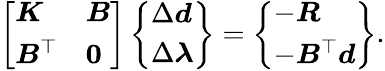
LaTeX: \left[\begin{array}{ll}{\boldsymbol{K}}&{\boldsymbol{B}}\\ {\boldsymbol{B}^{\top}}&{\boldsymbol{0}}\end{array}\right]\left\{ \begin{array}{l}{\Delta\boldsymbol{d}}\\ {\Delta\boldsymbol{\lambda}}\end{array}\right\} =\left\{ \begin{array}{l}{-\boldsymbol{R}}\\ {-\boldsymbol{B}^{\top}\boldsymbol{d}}\end{array}\right\} .